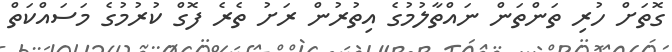
ގޮތަށް ހުރި ތަންތަން ނައްތާލުމުގެ އިތުރުން ރަށު ތެރެ ފޮގް ކުރުމުގެ މަސައްކަތް